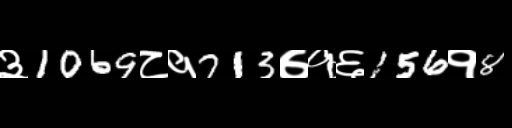
Text: ३1069८१713७१६156१8